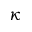
\kappa